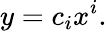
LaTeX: y=c_{i}x^{i}.